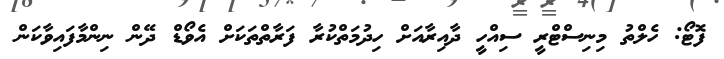
ފޮޓޯ: ހެލްތު މިނިސްޓްރީ ސިއްހީ ދާއިރާއަށް ހިދުމަތްކުރާ ފަރާތްތަކަށް އެވޯޑް ދޭން ނިންމާފައިވާކަން